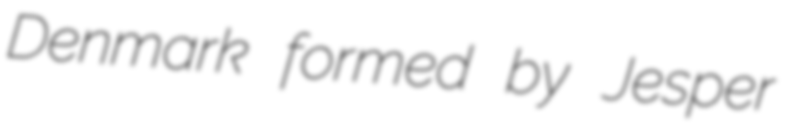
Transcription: Denmark formed by Jesper